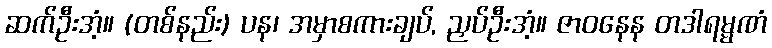
ဆက်ဦးအံ့။ (တစ်နည်း) ပန၊ အမှာစကားချပ်, ညှပ်ဦးအံ့။ ဇာဝနေန တဒါရမ္မဏံ